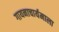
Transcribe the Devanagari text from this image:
गायनाचार्यमाला